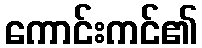
ကောင်းကင်၏